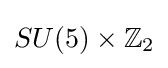
SU(5)\times \mathbb {Z} _{2}